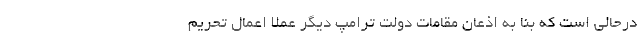
درحالی است که بنا به اذعان مقامات دولت ترامپ دیگر عملا اعمال تحریم